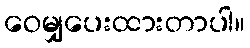
ဝေမျှပေးထားတာပါ။